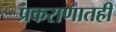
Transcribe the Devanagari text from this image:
प्रकराणातही